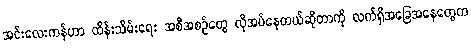
အင်းလေးကန်ဟာ ထိန်းသိမ်းရေး အစီအစဉ်တွေ လိုအပ်နေတယ်ဆိုတာကို လက်ရှိအခြေအနေတွေက